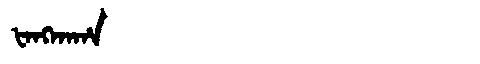
Manchu: ᡶᠠᠩᡴᠠᡥᠠ
Romanization: FANGKAHA